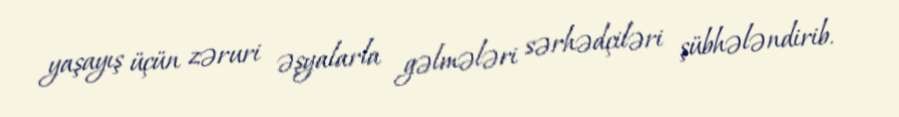
yaşayış üçün zəruri əşyalarla gəlmələri sərhədçiləri şübhələndirib.